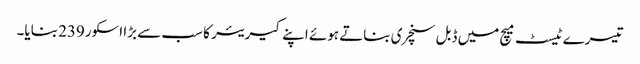
تیسرے ٹیسٹ میچ میں ڈبل سنچری بناتے ہوئے اپنے کیریئر کا سب سے بڑا اسکور239 بنایا۔